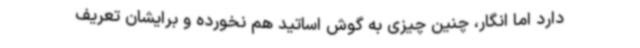
دارد اما انگار، چنین چیزی به گوش اساتید هم نخورده و برایشان تعریف